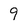
Character: 9